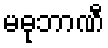
မဓုဘာဏီ